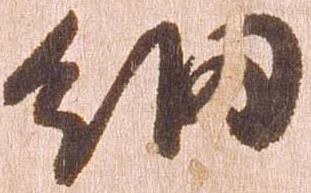
細